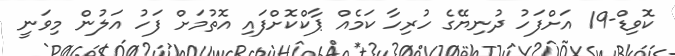
ކޮވިޑް-19 އަށްފަހު ދުނިޔޭގެ ހުރިހާ ކަމެއް ޕާކްކޮށްފައި އޮތުމަށް ފަހު އަލުން މިވަނީ